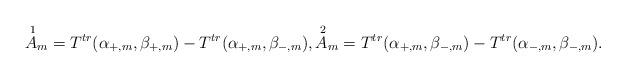
LaTeX: \begin{align*} \overset{\,\,1}{A}_{m}=T^{tr}(\alpha_{+,m},\beta_{+,m})-T^{tr}(\alpha_{+,m},\beta_{-,m}),\overset{\,\,2}{A}_{m}=T^{tr}(\alpha_{+,m},\beta_{-,m})-T^{tr}(\alpha_{-,m},\beta_{-,m}).\end{align*}